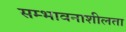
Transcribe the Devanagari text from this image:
सम्भावनाशीलता